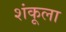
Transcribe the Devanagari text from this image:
शंकूला